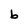
Character: b